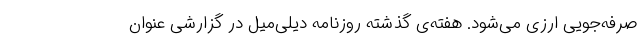
صرفه‌جویی ارزی می‌شود. هفته‌ی گذشته روزنامه دیلی‌میل در گزارشی عنوان